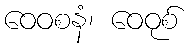
ဝေဝစနံ၊ ဝေဝုစ်